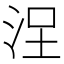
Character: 𣳤